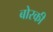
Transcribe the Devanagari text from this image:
बोरकी